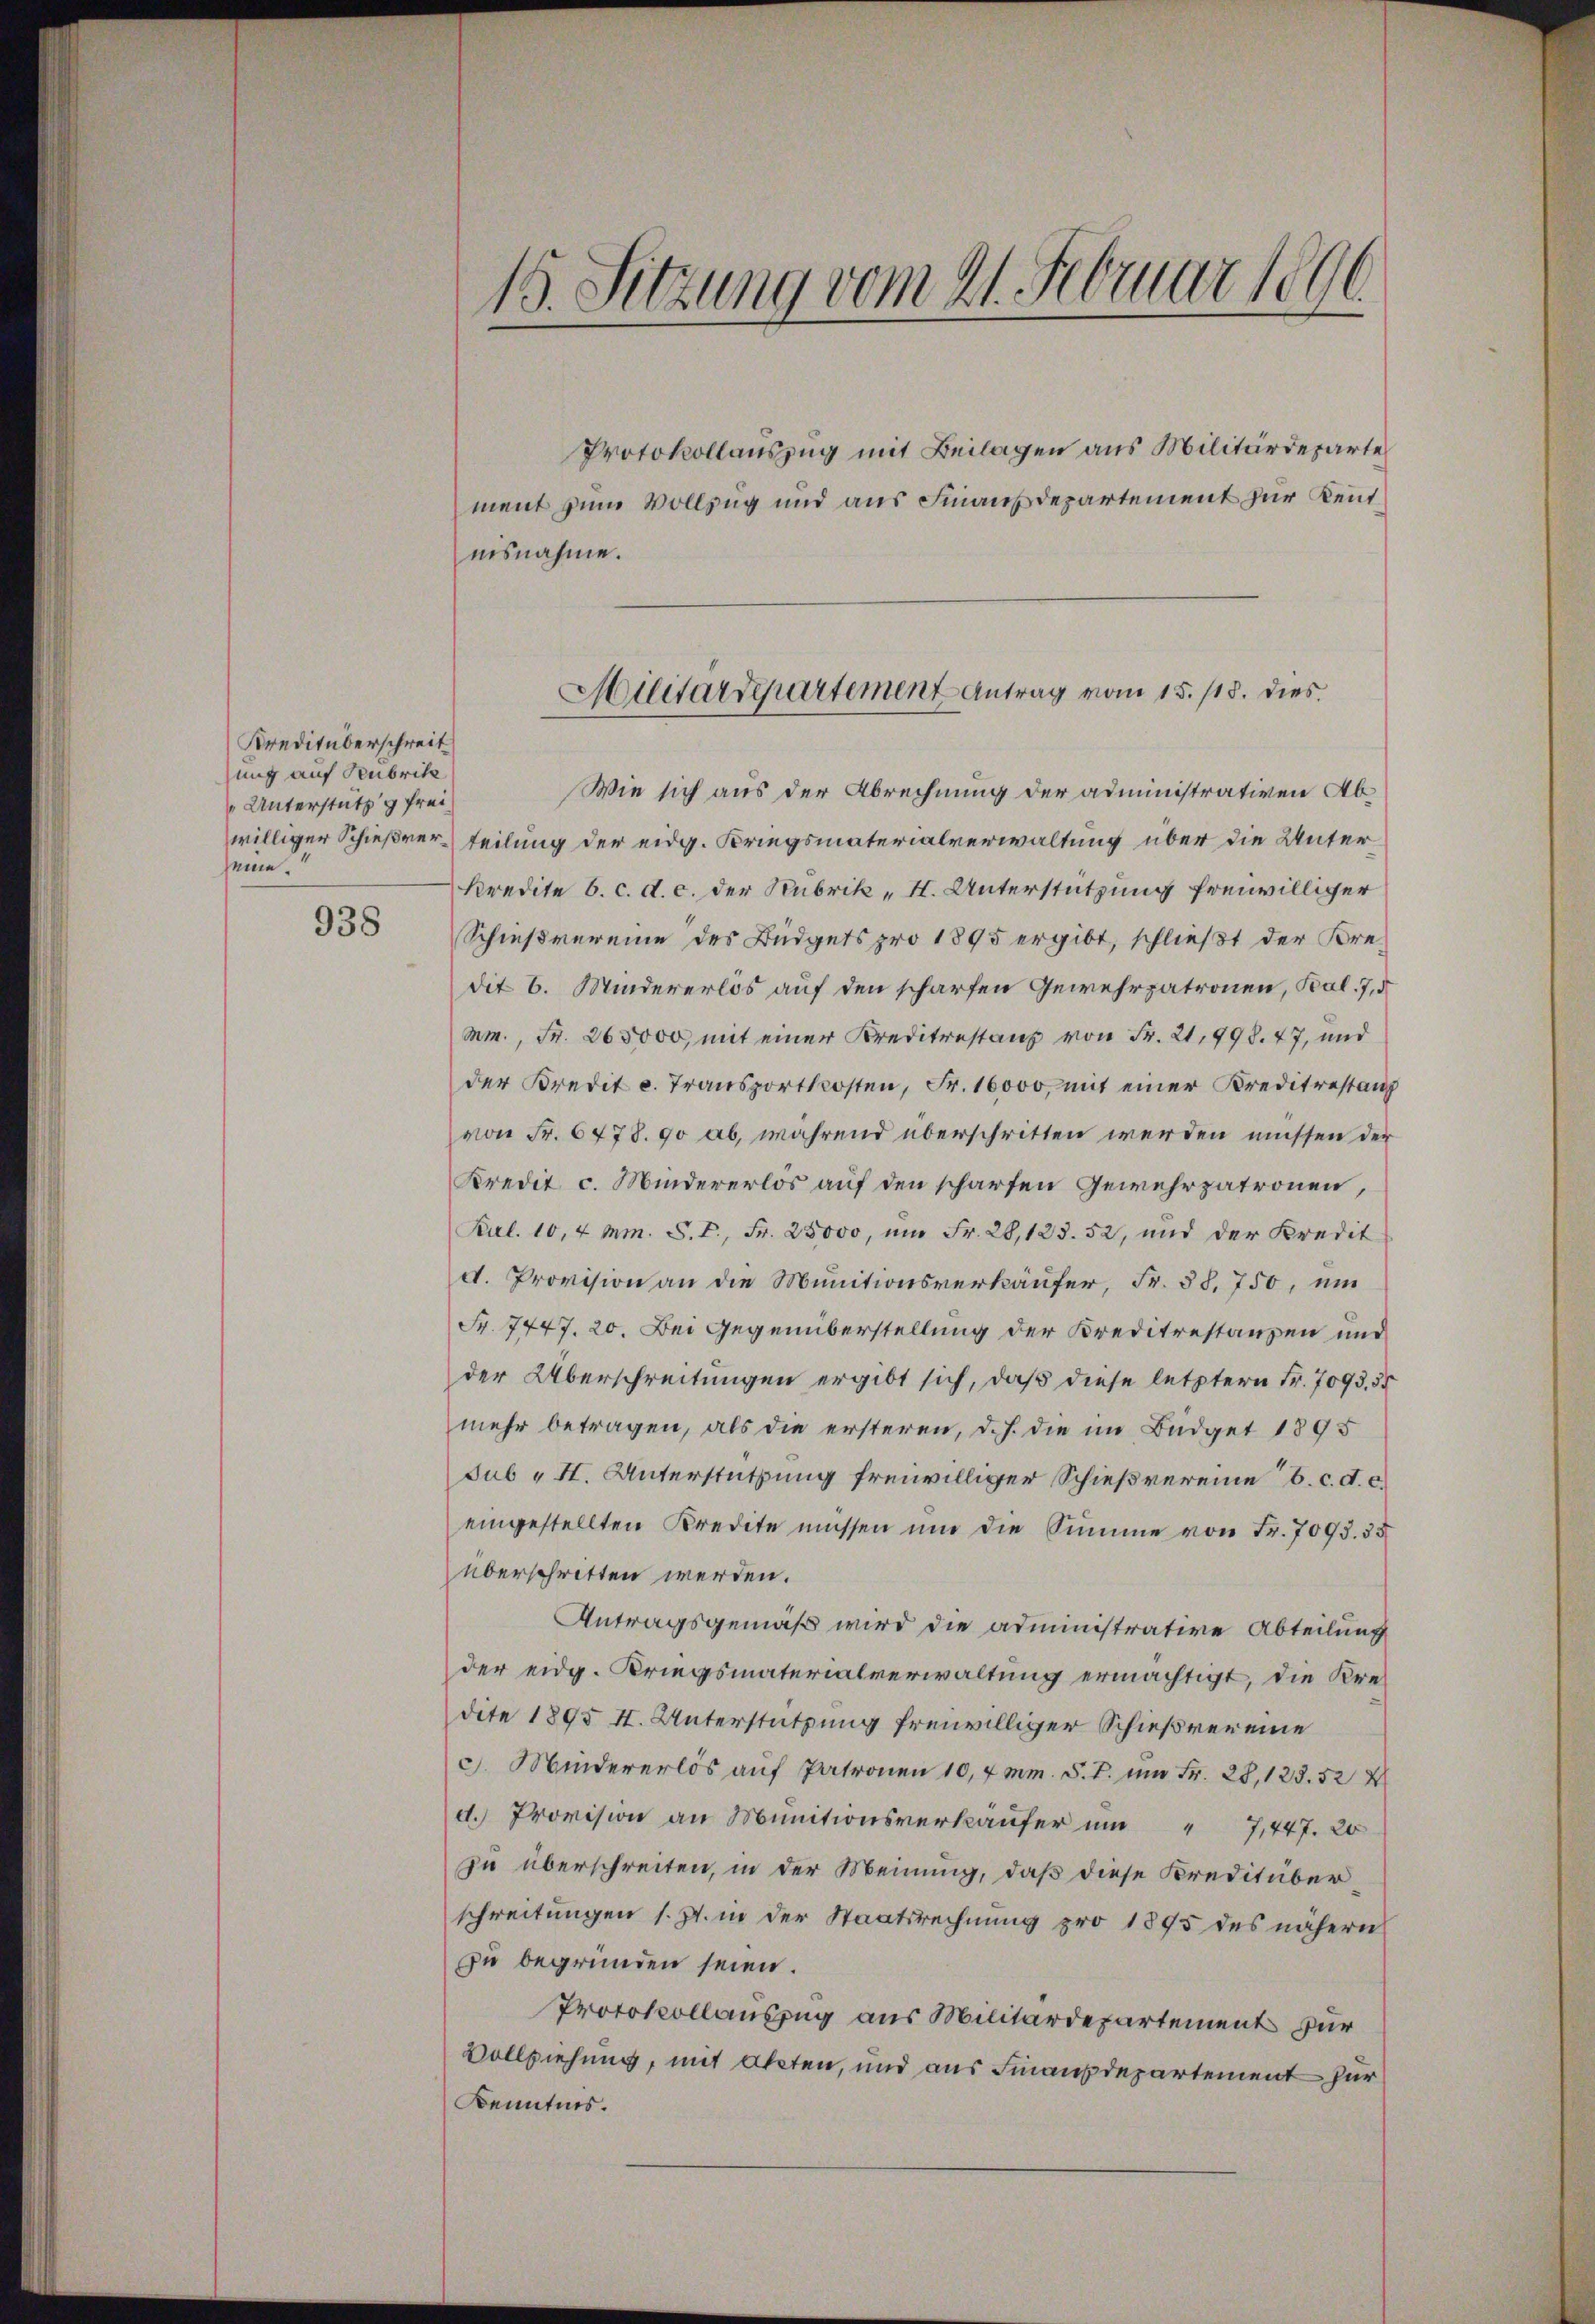
Kreditüberschreit
zung auf Feubrik
 Unterstützg frei
seine.“

938

15. Setzung vom 21. Februar 1896

iisnahme.

Protokollauszug mit Beilagen aus Militärdeparte
ment zum Vollzug und aus Finanzdepartement zur Kennt¬
Wie sich aus der Abrechnung der administrativen Abwilliger Schießverteilung der eidg. Kriegsmaterialverwaltung über die Unter¬
Kredite 6. c. d. c. der Rubrik „I. Unterstützung freiwilliger
Schießvereine des Büdgets pro 1895 ergibt, schließt der Kre-
dit 6. Mindererlös auf den scharfen Gewehrpatronen, Pal. 7, d
Mm., Fr. 265000 mit einer Kreditestanz von Fr. 21,998. 47, und
der Kredit c. Transportkosten, Fr. 16000, mit einer Kreditestanz
von Fr. 6478. 90 ab, während überschritten werden müssen der
Kredit c. Mindererlos auf den scharfen Gewehrpatronen,
Pul. 10,4 mm. S. V., Fr. 25000, um Fr. 28,123. 52, und der Kredit
d. Provision an die Munitionsverkäufer, Fr. 38,750, um
Fr. 7447. 20. Bei Gegenüberstellung der Kreditestanzen und
der Überschreitungen ergibt sich, daß diese letztern Fr. 7093. 55
mehr betragen, als die ersteren, d. h. die im Büdget 1895
sub u St. Unterstützung freiwilliger Schießvereine C. c. d. c.
eingestellten Kredite müssen und die Summe von Fr. 7093. 35
überschritten werden.
Antragsgemäß wird die administrative Abteilung
der eidg. Kriegsmaterialverwaltung ermächtigt, die Kredite 1895 II. Unterstützung freiwilliger Schießvereine
c. Mindererlös auf Patronen 10,4mm. S. T. um Fr. 28, 123. 52 X
d. Provision an Munitionsverkäufer um 7,447. 20
zu überschreiten, in der Meinung, daß diese Kreditüberschreitungen s. Zt. in der Staatsrechnung pro 1895 des nähern
zu begründen seien.
Protokollauszug aus Militärdepartement für
Vollziehung, mit Akten, und aus Finanzdepartement zur
Kenntnis.

Militärdepartement Antrag vom 15. 118. dies